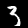
Digit: 3